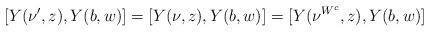
LaTeX: \begin{align*}[Y(\nu',z),Y(b,w)]=[Y(\nu,z),Y(b,w)]= [Y(\nu^{W^c},z),Y(b,w)]\end{align*}